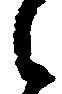
々